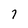
Character: 7